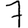
Digit: 7